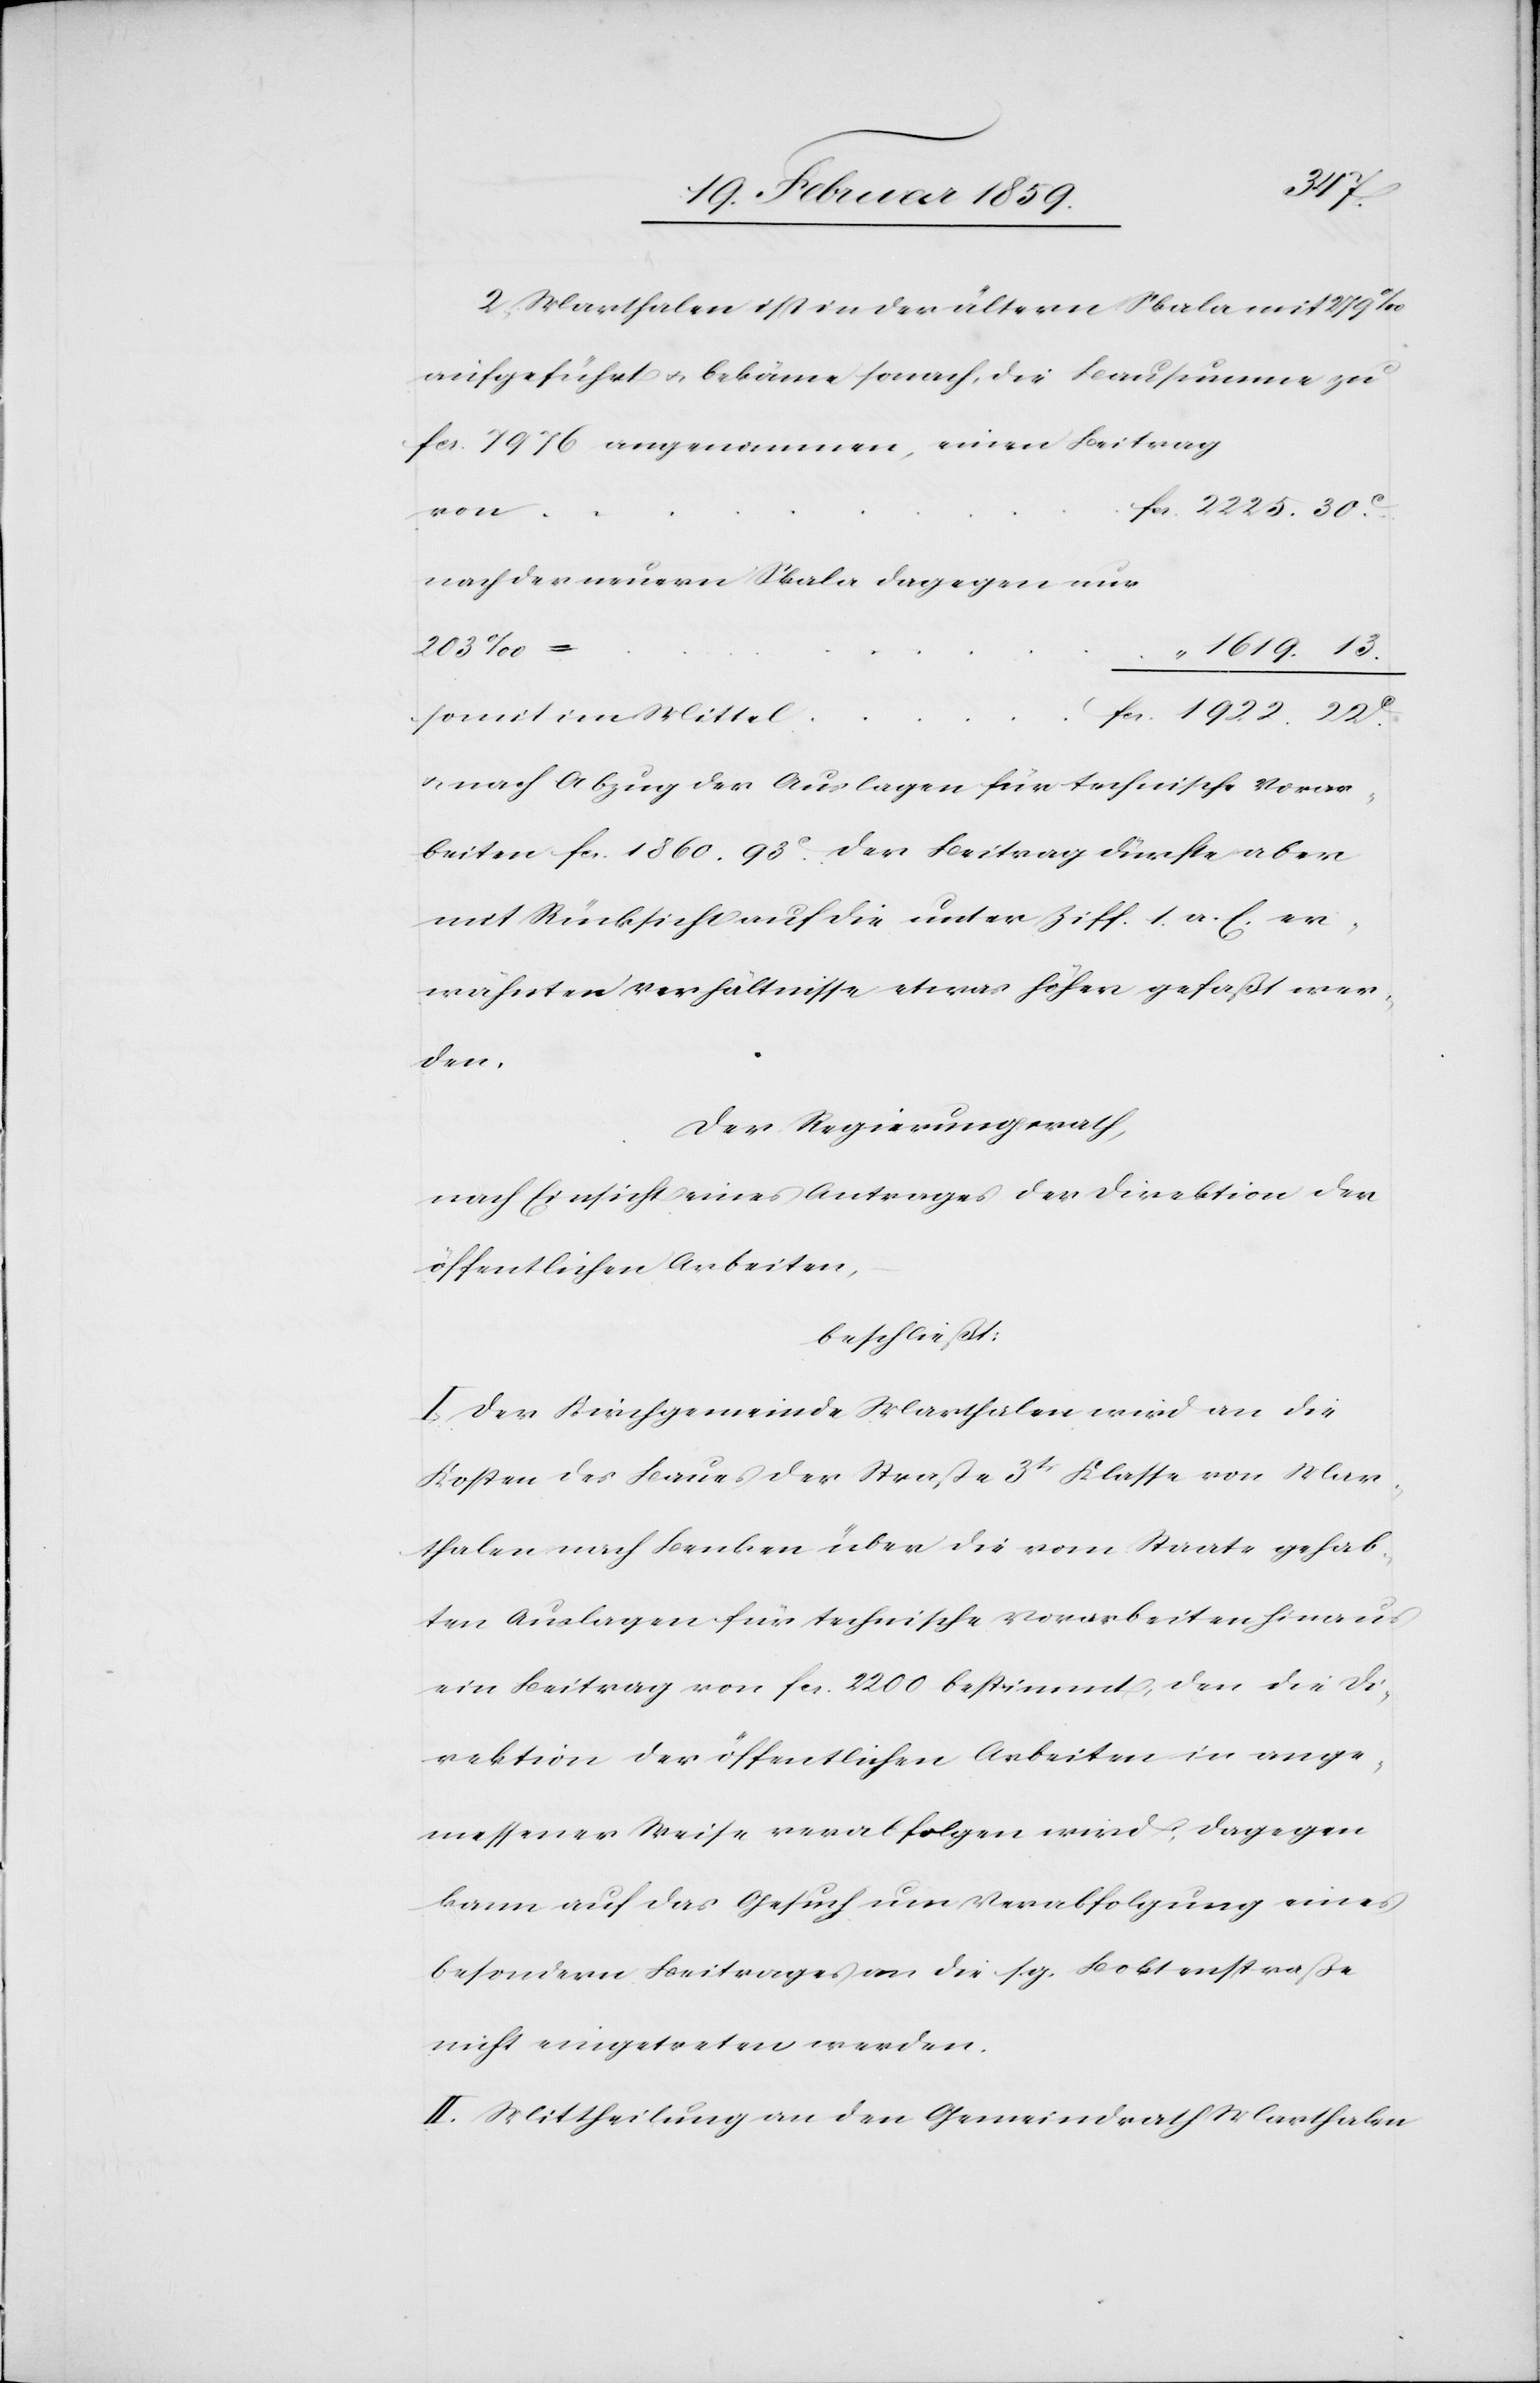
1922.
2) Marthalen ist in der ältern Skala mit 279
aufgeführt u. bekäme sonach, die Bausumme zu
fcs. 7976 angenommen, einen Beitrag
2225. 30.
ein
nach der neuern Skala dagegen nur
203 ‰
“ 1619. 13.
u. nach Abzug der Auslagen für technische Vorar¬
beiten fcs. 1860. 93 c. Der Beitrag dürfte aber
mit Rücksicht auf die unter Ziff. 1. a. E. er¬
wähnten Verhältnisse etwas höher gefaßt wer¬
den.
Der Regierungsrath,
nach Einsicht eines Antrages der Direktion der
öffentlichen Arbeiten,
beschließt:
I. Der Kirchgemeinde Marthalen wird an die
Kosten des Baues der Straße 3t. Klasse von Mar¬
thalen nach Benken über die vom Staate gehab¬
ten Auslagen für technische Vorarbeiten hinaus
ein Beitrag von fcs. 2200 bestimmt, den die Di¬
rektion der öffentlichen Arbeiten in ange¬
messener Weise verabfolgen wird; dagegen
kann auf das Gesuch um Verabfolgung eines
besondern Beitrages an die s. g. Boktenstraße
nicht eingetreten werden.
II. Mittheilung an den Gemeindrath Marthalen